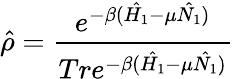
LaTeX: \hat{\rho}=\frac{e^{-\beta(\hat{H_{1}}-\mu\hat{N_{1}})}}{Tre^{-\beta(\hat{H_{1}}-\mu\hat{N_{1}})}}